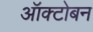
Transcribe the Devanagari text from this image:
ऑक्टोबन